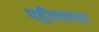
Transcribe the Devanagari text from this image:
पहुँचवाया